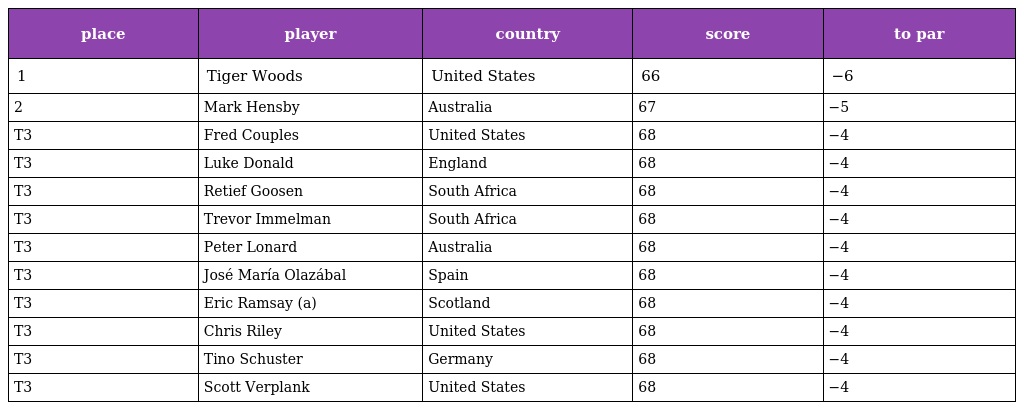
| place | player | country | score | to par |
 | --- | --- | --- | --- | --- |
 | 1 | Tiger Woods | United States | 66 | −6 |
 | 2 | Mark Hensby | Australia | 67 | −5 |
 | T3 | Fred Couples | United States | 68 | −4 |
 | T3 | Luke Donald | England | 68 | −4 |
 | T3 | Retief Goosen | South Africa | 68 | −4 |
 | T3 | Trevor Immelman | South Africa | 68 | −4 |
 | T3 | Peter Lonard | Australia | 68 | −4 |
 | T3 | José María Olazábal | Spain | 68 | −4 |
 | T3 | Eric Ramsay (a) | Scotland | 68 | −4 |
 | T3 | Chris Riley | United States | 68 | −4 |
 | T3 | Tino Schuster | Germany | 68 | −4 |
 | T3 | Scott Verplank | United States | 68 | −4 |